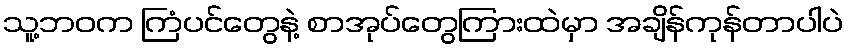
သူ့ဘဝက ကြံပင်တွေနဲ့ စာအုပ်တွေကြားထဲမှာ အချိန်ကုန်တာပါပဲ